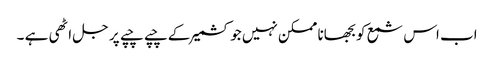
اب اس شمع کو بجھانا ممکن نہیں جو کشمیر کے چپے چپے پر جل اٹھی ہے ۔